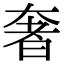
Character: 奢